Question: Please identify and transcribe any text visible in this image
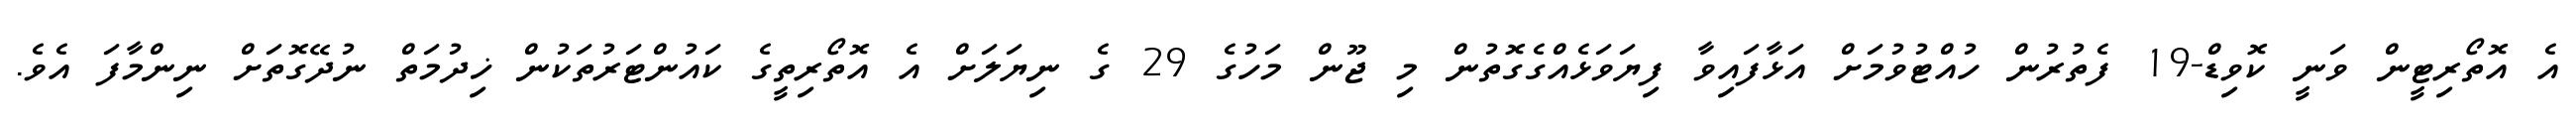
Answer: އެ އޮތޯރިޓީން ވަނީ ކޮވިޑް-19 ފެތުރުން ހުއްޓުވުމަށް އަޅާފައިވާ ފިޔަވަޅެއްގެގޮތުން މި ޖޫން މަހުގެ 29 ގެ ނިޔަލަށް އެ އޮތޯރިތީގެ ކައުންޓަރުތަކުން ޚިދުމަތް ނުދޭގޮތަށް ނިންމާފަ އެވެ.